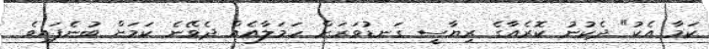
ކަމާ އެކު" ދެކުނު ކޮރެއާގެ ރިޔާސީ ގަނޑުވަރަށް ހަމަލާއެއް ދެވޭނެ ކަމަށް ބުނެފައިވެ